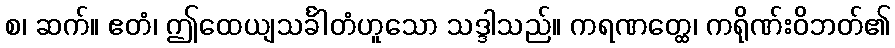
စ၊ ဆက်။ ဧတံ၊ ဤထေယျသင်္ခါတံဟူသော သဒ္ဒါသည်။ ကရဏတ္ထေ၊ ကရိုဏ်းဝိဘတ်၏